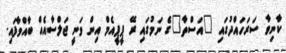
ކާނިވާ ސަރަހައްދުގައި "އަސްތާ"ގެ ނަމުގައި ރޭ ޕީޕީއެމް އިން ވަނީ ޖަލްސާއެއް ބާއްވާފައި.